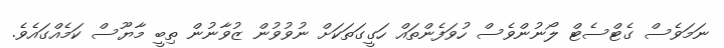
ނަމަވެސް ގެޓްސެޓް ލޯނުންވެސް ހުވަފެންތައް ހަގީގަތަކަށް ނުވުވުން ޒުވާނުން ތިބީ މާޔޫސް ކަމެއްގައެވެ.